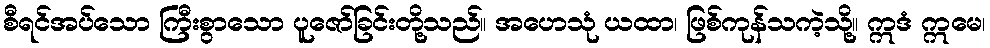
စီရင်အပ်သော ကြီးစွာသော ပူဇော်ခြင်းတို့သည်။ အဟေသုံ ယထာ၊ ဖြစ်ကုန်သကဲ့သို့။ ဣဒံ ဣမေ၊